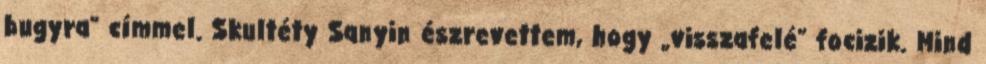
bugyra” címmel. Skultéty Sanyin észrevettem, hogy „visszafelé” focizik. Mind